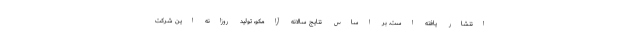
انتشار یافته است. بر اساس نتایج سالانه آرامکو، تولید روزانه این شرکت